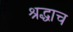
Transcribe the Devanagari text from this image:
श्रद्धाच